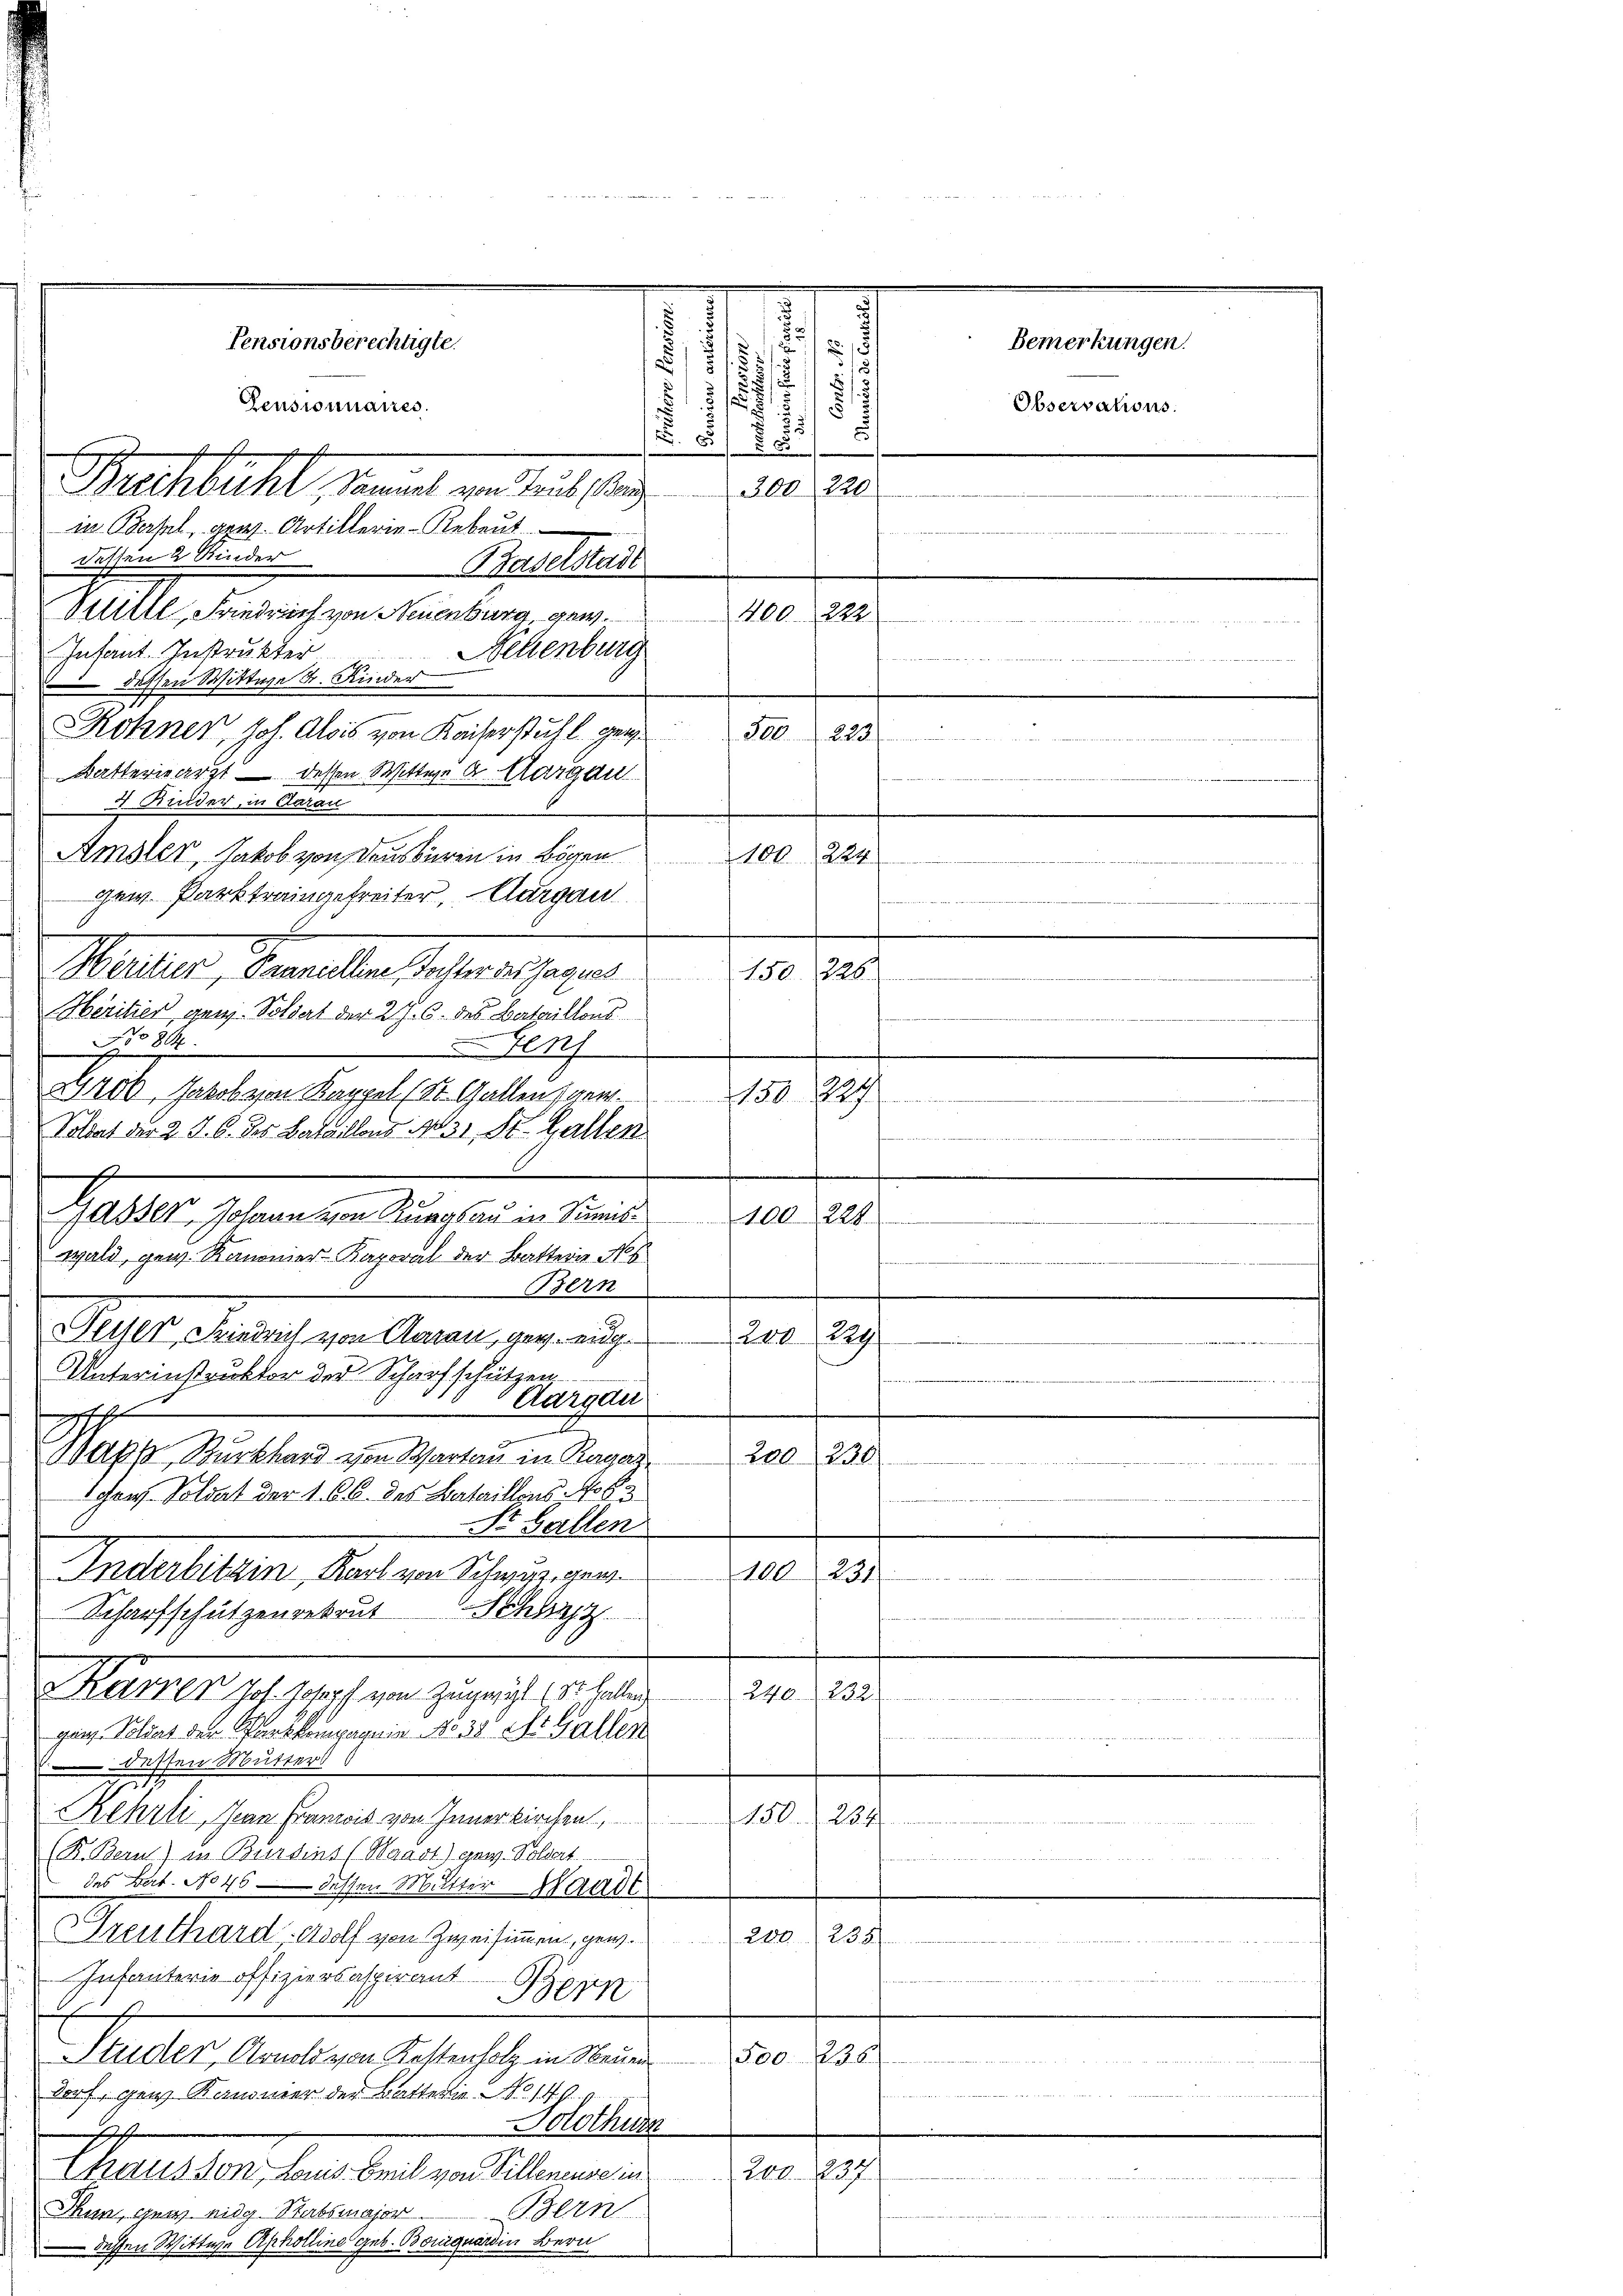
e
e
 12
/
1
Observations.
5
.

300. 220
dessen 2 Kinder
Baselstadt
Sililtl, Friedrich von Neuenburg gew.
Infant. Instrukter
Bekenburg
 dessen Wittwe Sr. Kinder
Rohner, Joh. Alois von Kaiserstuhl gen
Batteriearzt – dessen Wittwe A. Aargau
3 Kinder, in darau
Amsler, Jakob von densbaren in Bögen 100 224
gew. Parktraingefreiter, Aargau
II
eritier, Pannieklini, Tochter des Jaques
Héritier gew. Soldert der 27. 6. des Bataillons
No 844.
i
Genf
Grik, Jakob von Kappel (St. Gallensger.
Soldat der 2 J. C. des Bataillons No 31. St. Gallen

.
Gasser, Johann von Rungau in Summis¬
100. 228.
wald, gew. Kanonier-Baporal der Batterie No 6
1800
Feyser, Friedrich von Aarau, geg. eing¬
200, 229
Unterinstruktor der Scharfschützen,
Aargau
A
I
200. 230.
Bapp, Burkhard von Partau in Ragan
Schen Soldat der 166. des Bataillons No 63
e
St. Gallen
Anderbitzin, Karl von Schwurgen.
100231
i e die eine
Scharfschützenrekrut
Schaz
Serrrer Joh. Johopf von Zugesagt (St. Gallen 240. 232
ganz. Soldat der Parskompagnie No. 30 Xr Gallen
 ..  ..  ..
 dessen Mutters
Rehrli, Jean Franzis von Inner kirchen
150. 284.
(B. Bern) in Beerdiens (Waadt) ganz Soldat
des Bat. No 46 dessen Mutter Waadt
Greuthard-Wolf von Zweisimmen, gew.
200. 238
Infanterie offiziersaspirant

Bern
f
Studer Arnold von Kettenholz in Neuen
500. 236

dorf, gen Kanonier der Batterie No. 14.

Solothur
f
Thausson, Louis Beil von Villenensein 200. 237
tise auch nicht von des
Bern
Thun, geg eidg. Stabsmajor.
dessen Wittwe Apholline geb. Bourquardin Bern

Buchball, kannt von hat sing
in Basel, gew. Artillerie-Rebeut

Pensionsberechtigte.
Pensionnaires.

400. 22.

25 t Seestreiber
e
150. 226.
150. 1829

Bemerkungen.